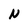
Character: N